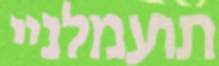
תועמלניי